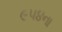
૯૫૪ના